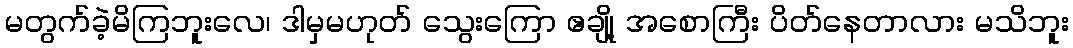
မတွက်ခဲ့မိကြဘူးလေ၊ ဒါမှမဟုတ် သွေးကြော ဧချို့ အစောကြီး ပိတ်နေတာလား မသိဘူး